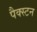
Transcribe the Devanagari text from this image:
पैक्स्टन